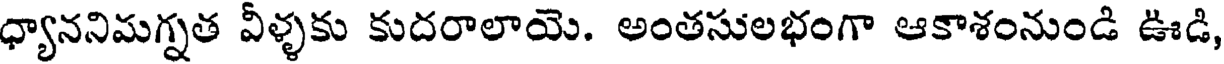
ధ్యాననిమగ్నత వీళ్ళకు కుదరాలాయె. అంతసులభంగా ఆకాశంనుండి ఊడి